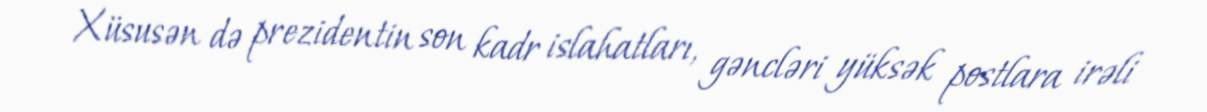
Xüsusən də prezidentin son kadr islahatları, gəncləri yüksək postlara irəli